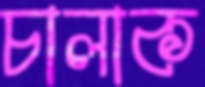
চালাক